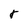
Character: r